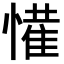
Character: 𭞹